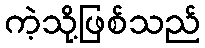
ကဲ့သို့ဖြစ်သည်